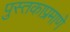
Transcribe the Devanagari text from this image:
पुस्तकाप्रमाणे